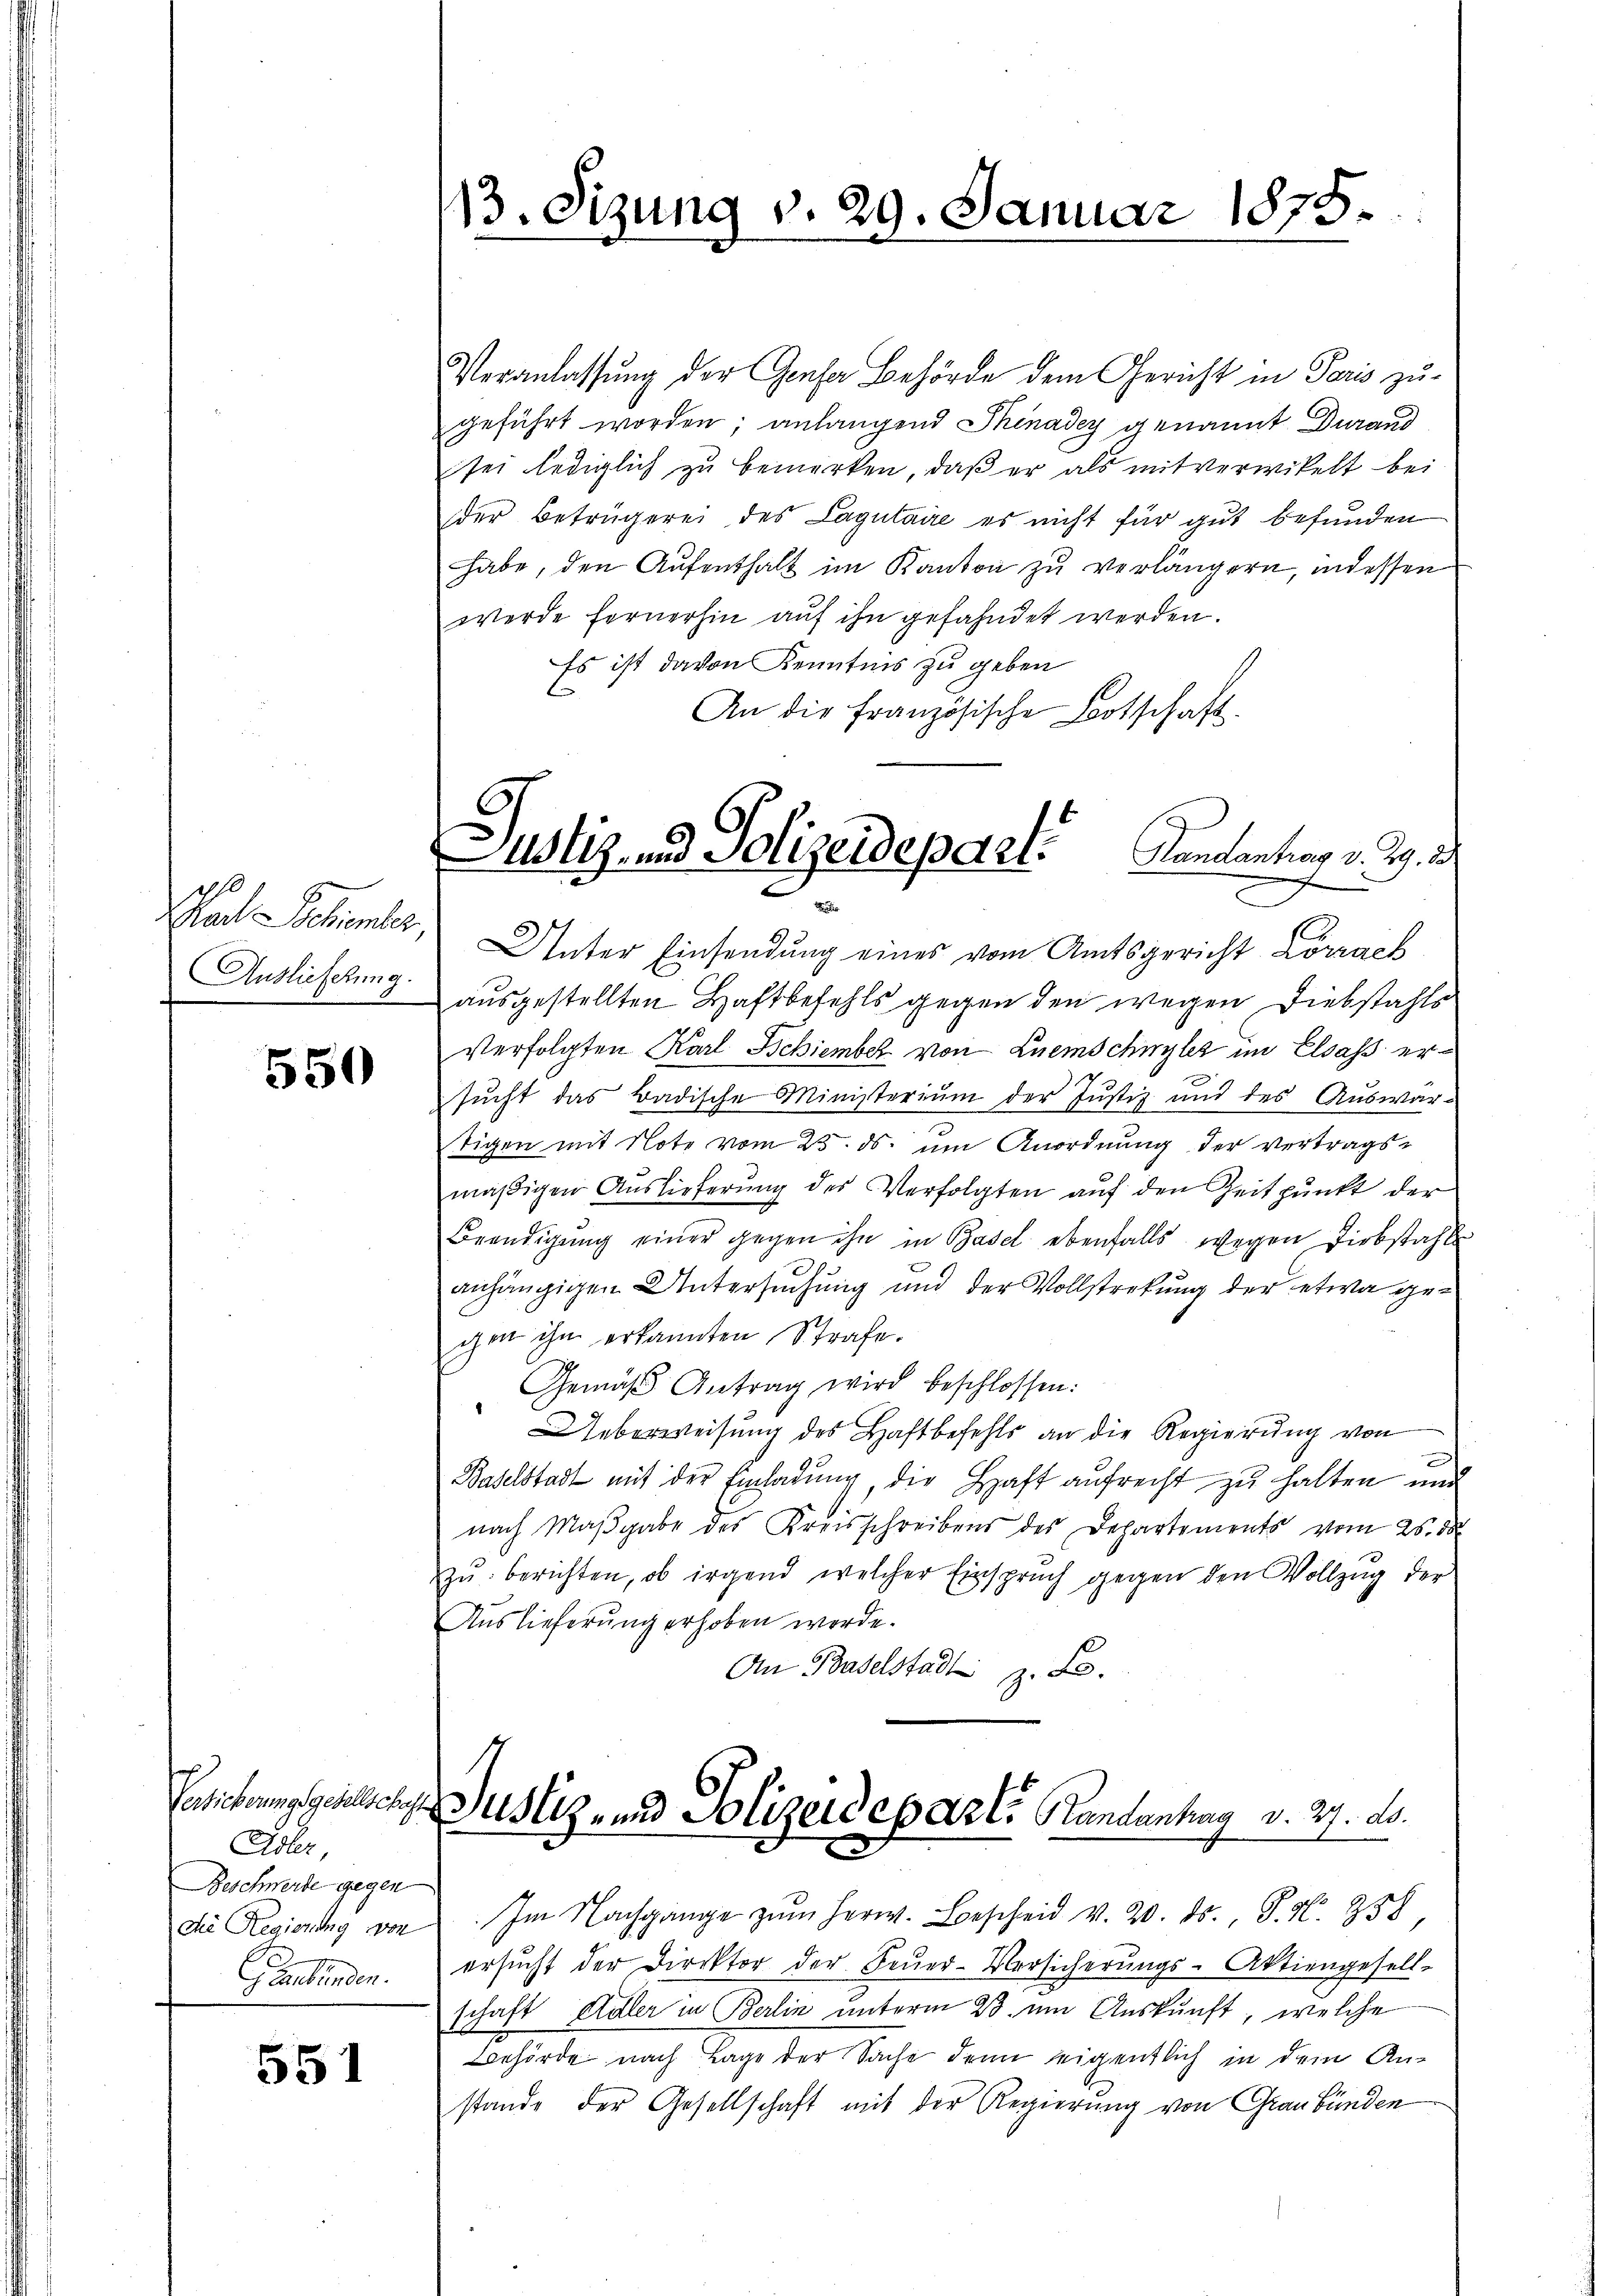
Paul Schromber,
Auslieferung.

550

Adler,
Beschwerde gegen
die Regierung von
Graubünden.

551

13. Sizung v. 29. Januar 1875.

Veranlassung der Grasa Behörde dem Gericht in Paris zu-
geführt worden; anlangend Thenadey genannt durand
sei lediglich zu bemerken, daß er als mitverwikelt bei
der Betrügerei des Lagutaire es nicht für gut befunden
habe, den Aŭfenthalt im Kanton zu verlängern, indessen
werde fernerhin aŭf ihn gefahndet werden.
Es ist davon Kenntnis zu geben
An die Französische Botschaft.
Unter Einsendung eines vom Amtsgericht Lörrach
ausgestellten Haftbefehls gegen den wegen Diebstahls
Verfolgten Karl Schiember von Luemschwyler im Elsass ersucht das Badische Ministerium der Justiz und des Auswar-
tigen mit Note vom 23. ds. um Anordnung der vertrags-
mäßigen Auslieferung des Verfolgten auf den Zeitpunkt der
Beendigŭng einer gegen ihn in Basel ebenfalls wegen Diebstahls
.
anhängigen Untersuchung und der Vollstretung der etwa gegen ihn erkannten Strafe.
Gemäß Antrag wird beschlossen:
Ueberweisung des Haftbefehls an die Regierung von
Baselstadt mit der Einladung, die Haft aufrecht zu halten und
nach Maβgabe des Kreisschreibens des Departements vom 25. de
zu berichten, ob irgend welcher Einspruch gegen den Vollzug der
Auslieferung erhoben werde.
An Baselstadt z. B.
Gesicherungsgeselsche Justiz- und Polizeideparte Randantrag v. 27. ds.
Im Nachgange zŭm Herw. Bescheid v. 20. ds., S. N. 358,
ersŭcht der Direktor der Feŭer-Versicherŭngs-Aktiengesell-
schaft Adler in Berlin unterm 23. um Auskunft, welche
Behörde nach Lage der Sache denn eigentlich in dem Anstande der Gesellschaft mit der Regierung von Graubünden

b
Alt- und Polizeidepart.
Handentrag v. 29. 2
.